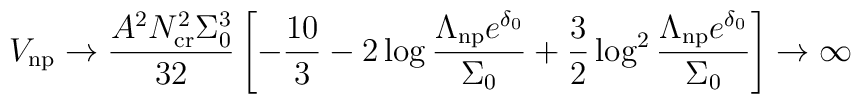
V_{\rm np}\rightarrow\frac{A^2N^2_{\rm cr}\Sigma_0^3}{32}\left[-{10\over3}-2\log\frac{\Lambda_{\rm np}e^{\delta_0}}{\Sigma_0}+{3\over2}\log^2\frac{\Lambda_{\rm np}e^{\delta_0}}{\Sigma_0}\right]\rightarrow\infty